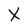
Character: X